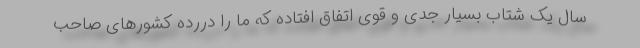
سال یک شتاب بسیار جدی و قوی اتفاق افتاده که ما را دررده کشورهای صاحب